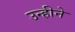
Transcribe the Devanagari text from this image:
उन्हीने